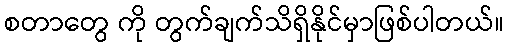
စတာတွေ ကို တွက်ချက်သိရှိနိုင်မှာဖြစ်ပါတယ်။